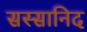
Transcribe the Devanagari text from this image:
सस्सानिद